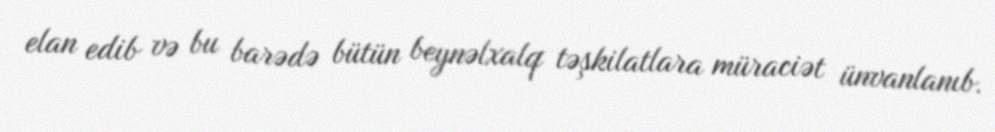
elan edib və bu barədə bütün beynəlxalq təşkilatlara müraciət ünvanlanıb.